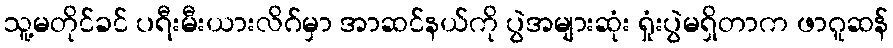
သူ့မတိုင်ခင် ပရီးမီးယားလိဂ်မှာ အာဆင်နယ်ကို ပွဲအများဆုံး ရှုံးပွဲမရှိတာက ဖာဂူဆန်